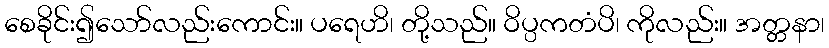
စေခိုင်း၍သော်လည်းကောင်း။ ပရေဟိ၊ တို့သည်။ ဝိပ္ပကတံပိ၊ ကိုလည်း။ အတ္တနာ၊